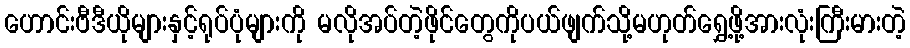
ဟောင်းဗီဒီယိုများနှင့်ရုပ်ပုံများကို မလိုအပ်တဲ့ဖိုင်တွေကိုပယ်ဖျက်သို့မဟုတ်ရွှေ့ဖို့အားလုံးကြီးမားတဲ့